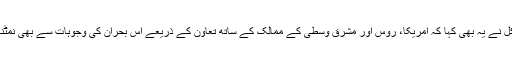
‘‘ ميرکل نے يہ بھی کہا کہ امريکا، روس اور مشرق وسطی کے ممالک کے ساتھ تعاون کے ذريعے اس بحران کی وجوہات سے بھی نمٹنا ہو گا۔